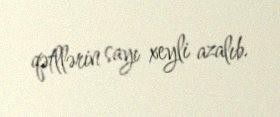
qətllərin sayı xeyli azalıb.